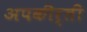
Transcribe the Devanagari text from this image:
अपकीर्ती